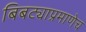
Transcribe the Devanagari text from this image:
बिबट्याप्रमाणेच